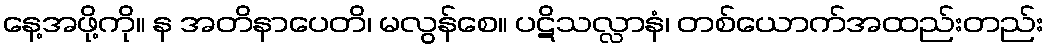
နေ့အဖို့ကို။ န အတိနာပေတိ၊ မလွန်စေ။ ပဋိသလ္လာနံ၊ တစ်ယောက်အထည်းတည်း